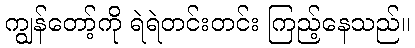
ကျွန်တော့်ကို ရဲရဲတင်းတင်း ကြည့်နေသည်။